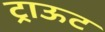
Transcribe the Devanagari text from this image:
ट्राऊट